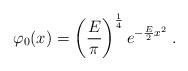
LaTeX: \begin{align*}\varphi_0(x) = \left(\frac{E}{\pi}\right)^{\frac{1}{4}}e^{-\frac{E}{2}x^2}\;.\end{align*}